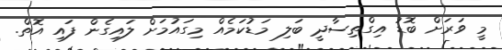
މީ ވަރަށް ބޮޑު އިގްތިސާދީ ބަލި މަޑުކަމެއް މިގައުމަށް ލައިގެން ފައި އޮތް.